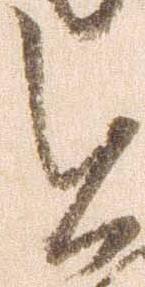
今